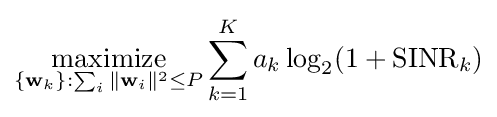
{\underset {\{\mathbf {w} _{k}\}:\sum _{i}\|\mathbf {w} _{i}\|^{2}\leq P}{\mathrm {maximize} }}\sum _{k=1}^{K}a_{k}\log _{2}(1+{\textrm {SINR}}_{k})